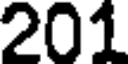
201